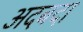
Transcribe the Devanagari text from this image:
अदबदा